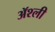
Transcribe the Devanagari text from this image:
ॲश्ली